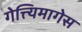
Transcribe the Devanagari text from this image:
गेत्त्यिमागेस